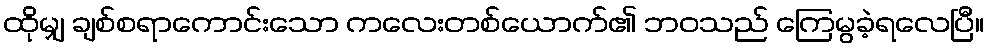
ထိုမျှ ချစ်စရာကောင်းသော ကလေးတစ်ယောက်၏ ဘဝသည် ကြေမွခဲ့ရလေပြီ။